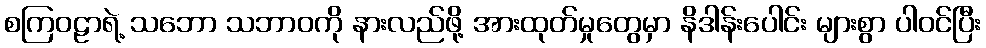
စကြဝဠာရဲ့ သဘော သဘာဝကို နားလည်ဖို့ အားထုတ်မှုတွေမှာ နိဒါန်းပေါင်း များစွာ ပါဝင်ပြီး